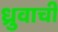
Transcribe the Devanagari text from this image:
ध्रुवाची